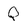
Character: Q